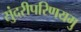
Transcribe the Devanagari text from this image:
सुंदरीपरिणयमु